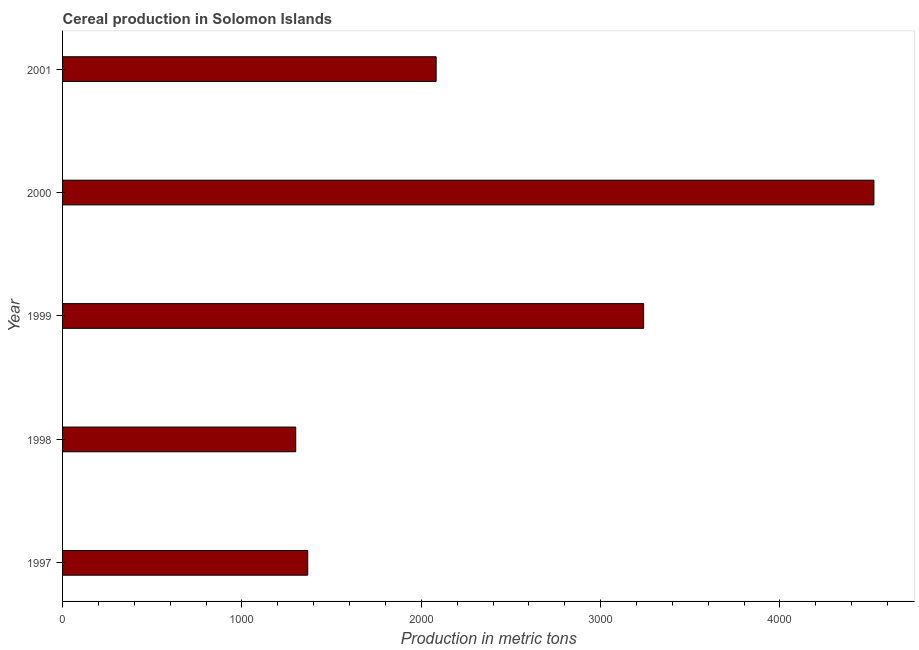
| Year | Cereal production |
 | --- | --- |
 | 1997 | 1.37e+03 |
 | 1998 | 1.3e+03 |
 | 1999 | 3.24e+03 |
 | 2000 | 4.52e+03 |
 | 2001 | 2.08e+03 |